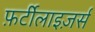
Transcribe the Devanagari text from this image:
फ़र्टीलाइज़र्स